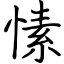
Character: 愫